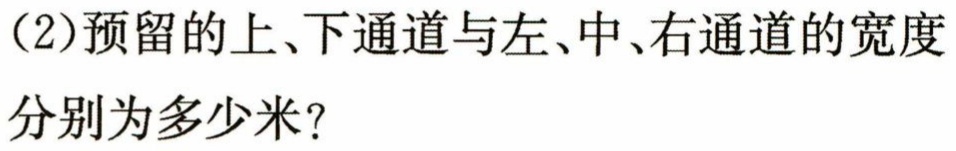
（2）预留的上、下通道与左、中、右通道的宽度
分别为多少米？